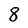
Character: 8